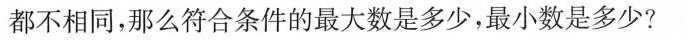
都不相同，那么符合条件的最大数是多少，最小数是多少?